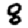
Digit: 8